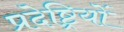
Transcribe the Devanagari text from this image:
प्रदेष्ट्रियों